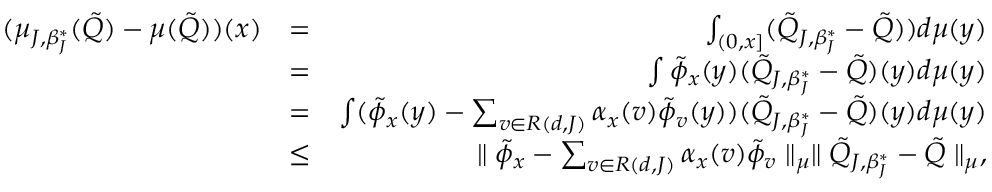
\begin{array} { r l r } { ( \mu _ { J , \beta _ { J } ^ { * } } ( \tilde { Q } ) - \mu ( \tilde { Q } ) ) ( x ) } & { = } & { \int _ { ( 0 , x ] } ( \tilde { Q } _ { J , \beta _ { J } ^ { * } } - \tilde { Q } ) ) d \mu ( y ) } \\ & { = } & { \int \tilde { \phi } _ { x } ( y ) ( \tilde { Q } _ { J , \beta _ { J } ^ { * } } - \tilde { Q } ) ( y ) d \mu ( y ) } \\ & { = } & { \int ( \tilde { \phi } _ { x } ( y ) - \sum _ { v \in { \cal R } ( d , J ) } \alpha _ { x } ( v ) \tilde { \phi } _ { v } ( y ) ) ( \tilde { Q } _ { J , \beta _ { J } ^ { * } } - \tilde { Q } ) ( y ) d \mu ( y ) } \\ & { \leq } & { \parallel \tilde { \phi } _ { x } - \sum _ { v \in { \cal R } ( d , J ) } \alpha _ { x } ( v ) \tilde { \phi } _ { v } \parallel _ { \mu } \parallel \tilde { Q } _ { J , \beta _ { J } ^ { * } } - \tilde { Q } \parallel _ { \mu } , } \end{array}